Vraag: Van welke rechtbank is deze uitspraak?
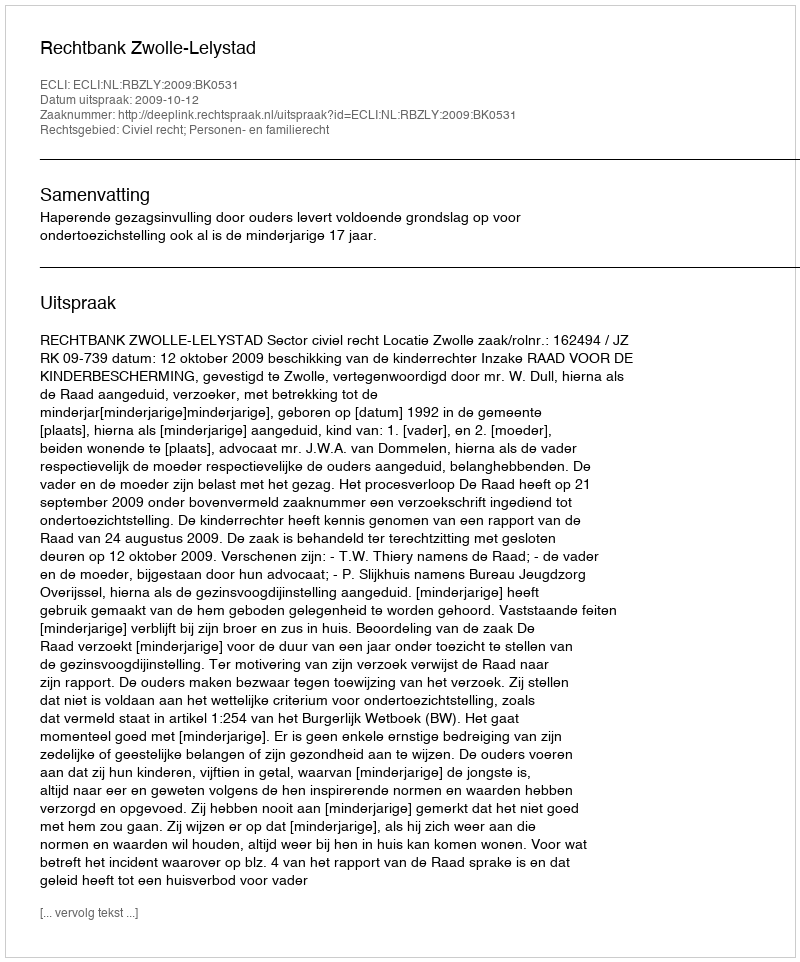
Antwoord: Rechtbank Zwolle-Lelystad